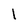
Character: 1